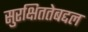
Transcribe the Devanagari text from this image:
सुरक्षिततेबद्दल